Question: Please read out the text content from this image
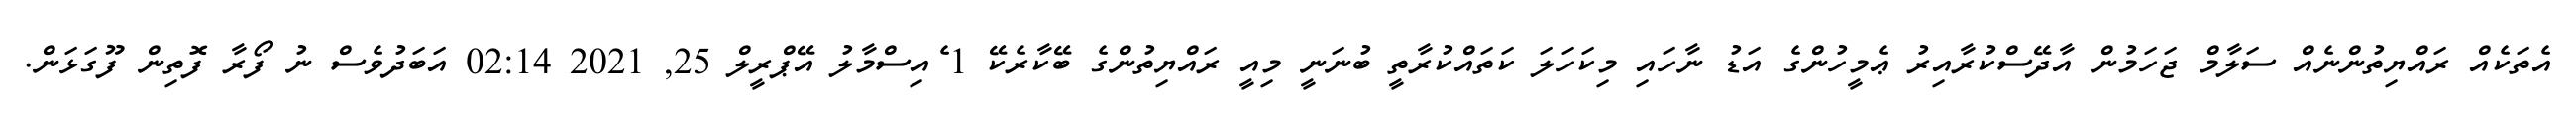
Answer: އެތަކެއް ރައްޔިތުންނެއް ސަލާމް ޖަހަމުން އާދޭސްކުރާއިރު ޢެމީހުންގެ އަޑު ނާހައި މިކަހަލަ ކަތައްކުރާތީ ބުނަނީ މިއީ ރައްޔިތުންގެ ބޭކާރެކޭ 1 ެއިސްމާލު އޭޕްރީލް 25, 2021 02:14 އަބަދުވެސް ނު ފޯރާ ފޮތިން ފޫގަޅަން.